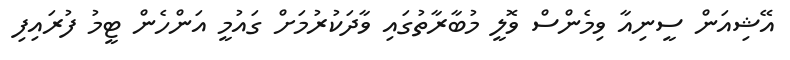
އޭޝިއަން ސީނިއާ ވިމެންސް ވޮލީ މުބާރާތުގައި ވާދަކުރުމަށް ގައުމީ އަންހެން ޓީމު ފުރައިފި